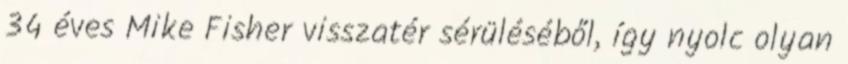
34 éves Mike Fisher visszatér sérüléséből, így nyolc olyan